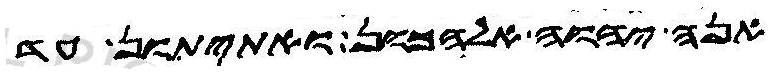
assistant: אנה יהוה אלהכון ואתיתון עד